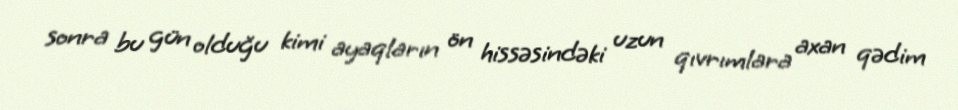
sonra bu gün olduğu kimi ayaqların ön hissəsindəki uzun qıvrımlara axan qədim